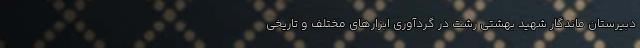
دبیرستان ماندگار شهید بهشتی رشت در گردآوری ابزارهای مختلف و تاریخی